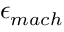
\epsilon _ { m a c h }